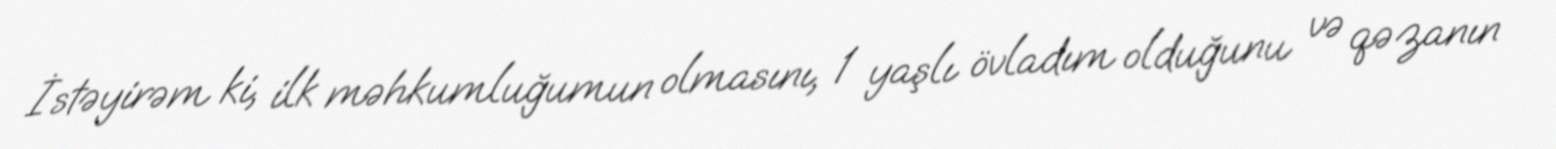
İstəyirəm ki, ilk məhkumluğumun olmasını, 1 yaşlı övladım olduğunu və qəzanın